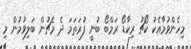
މިހެންވުމާއެކު ކޯޗު ރިކާޑޯ ރަމްބޯ ބުނީ ފުރަތަމަ ދެ މެޗުން ބަލިވުމުން މި